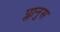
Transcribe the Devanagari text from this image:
प्लानुस